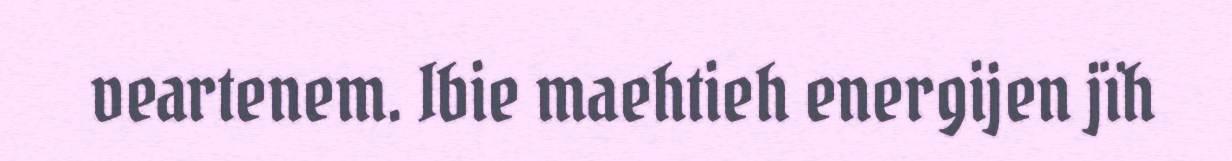
veartenem. Ibie maehtieh energijen jïh